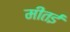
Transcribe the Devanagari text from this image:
मीतई